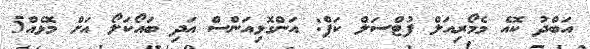
އަބްދު ކޮއެ މެމޯރިއަލް ފުޓްސަލް ކަޕް: އަންގޮޅިއަންސް އަދި ބައޯކަލޯ އަށް މޮޅެއް5